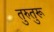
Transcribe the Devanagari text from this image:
तुरुतुरू